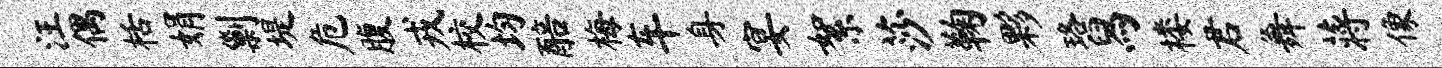
汪偶栝娟剿堤危腹戎校均醅梅车身宴絮莎鞠夥珞舄楼君舞蒋像